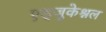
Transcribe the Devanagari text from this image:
एड्जुकेश्नल